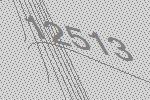
12513